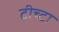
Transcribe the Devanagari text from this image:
टीच्टा